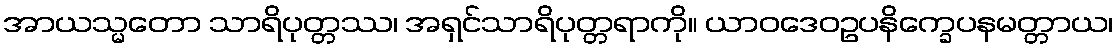
အာယသ္မတော သာရိပုတ္တဿ၊ အရှင်သာရိပုတ္တရာကို။ ယာဝဒေဝဥပနိက္ခေပနမတ္တာယ၊